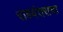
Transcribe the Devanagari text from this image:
राश्यंतराचा